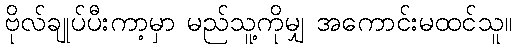
ဗိုလ်ချုပ်ပီးကာ့မှာ မည်သူ့ကိုမျှ အကောင်းမထင်သူ။